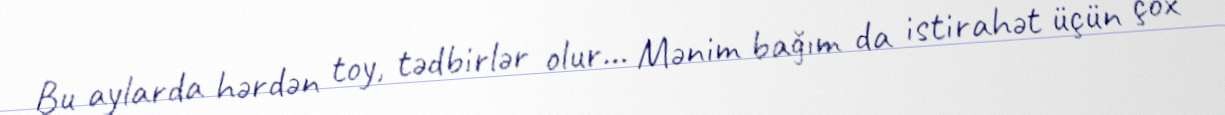
Bu aylarda hərdən toy, tədbirlər olur... Mənim bağım da istirahət üçün çox